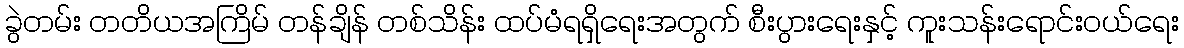
ခွဲတမ်း တတိယအကြိမ် တန်ချိန် တစ်သိန်း ထပ်မံရရှိရေးအတွက် စီးပွားရေးနှင့် ကူးသန်းရောင်းဝယ်ရေး